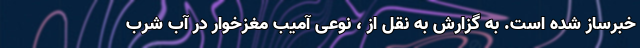
خبرساز شده است. به گزارش به نقل از ، نوعی آمیب مغزخوار در آب شرب